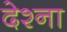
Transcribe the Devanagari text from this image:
देश्ना